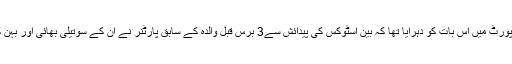
مذکورہ اخبارنے گزشتہ ماہ اپنی رپورٹ میں اس بات کو دہرایا تھا کہ بین اسٹوکس کی پیدائش سے3 برس قبل والدہ کے سابق پارٹنر نے ان کے سوتیلی بھائی اور بہن کو فائرنگ کرکے ہلاک کردیا تھا۔